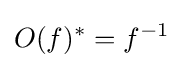
O(f)^{*}=f^{-1}